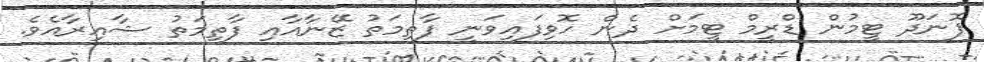
ފޮނަދޫ ޓީމުން ޑްރީމް ޓީމަށް ދެން ހޮވިފައިވަނީ ފާތިމަތު ޒޭނާއާއި ފާތިމަތު ޝާއިރާއެވެ.